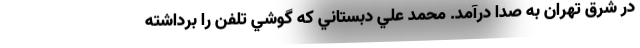
در شرق تهران به صدا درآمد. محمد علي دبستاني كه گوشي تلفن را برداشته